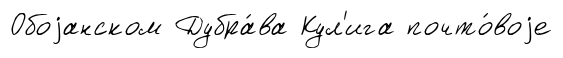
Обоjанском Дубра́ва Кул'ига почто́воjе